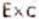
EXC